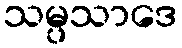
သမ္ပသာဒေ